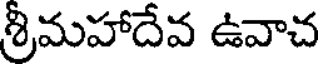
శ్రీమహాదేవ ఉవాచ